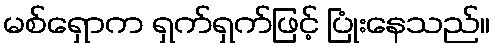
မစ်ရှောက ရှက်ရှက်ဖြင့် ပြုံးနေသည်။